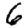
Digit: 6